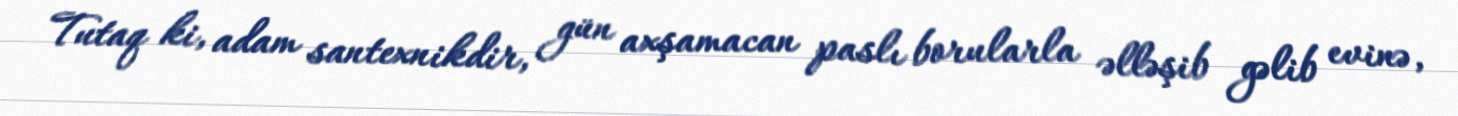
Tutaq ki, adam santexnikdir, gün axşamacan paslı borularla əlləşib gəlib evinə,